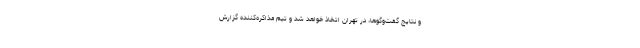
و نتایج گفت‌وگوها، در تهران اتخاذ خواهد شد و تیم مذاکره‌کننده گزارش